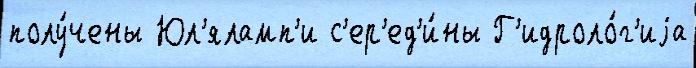
полу́чены Юл'яламп'и с'ер'ед'и́ны Г'идроло́г'иjа